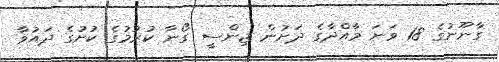
ގާނޫނުގެ 18 ވަނަ މާއްދާގެ ދަށުން ޖިންސީ ގޯނާ ކުރުމުގެ ކުށުގެ ދައުވާ